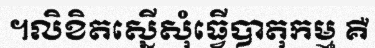
។លិខិតស្នើសុំធ្វើបាតុកម្ម គឺ